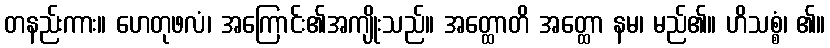
တနည်းကား။ ဟေတုဖလံ၊ အကြောင်း၏အကျိုးသည်။ အတ္ထောတိ အတ္ထော နမ၊ မည်၏။ ဟိသစ္စံ၊ ၏။